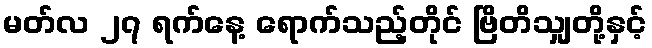
မတ်လ ၂၇ ရက်နေ့ ရောက်သည့်တိုင် ဗြိတိသျှတို့နှင့်